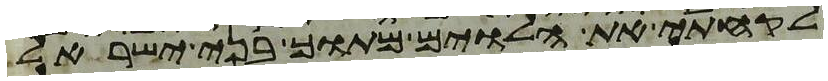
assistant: לקחתי את הלוים מתוך בני ישראל